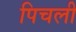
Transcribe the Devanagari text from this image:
पिचली